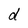
Character: d